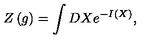
Z \left( g \right) = \int D X e ^ { - I ( X ) } ,